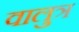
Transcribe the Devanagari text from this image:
वालुत्र